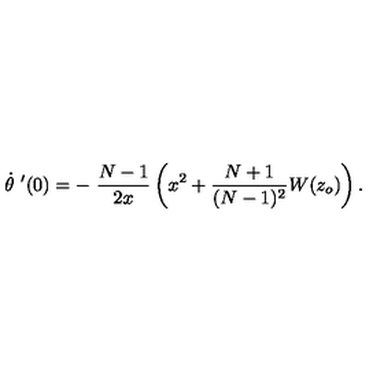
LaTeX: \dot { \theta } \ ^ { \prime } ( 0 ) = - \ \frac { N - 1 } { 2 x } \left( x ^ { 2 } + \frac { N + 1 } { ( N - 1 ) ^ { 2 } } W ( z _ { o } ) \right) .